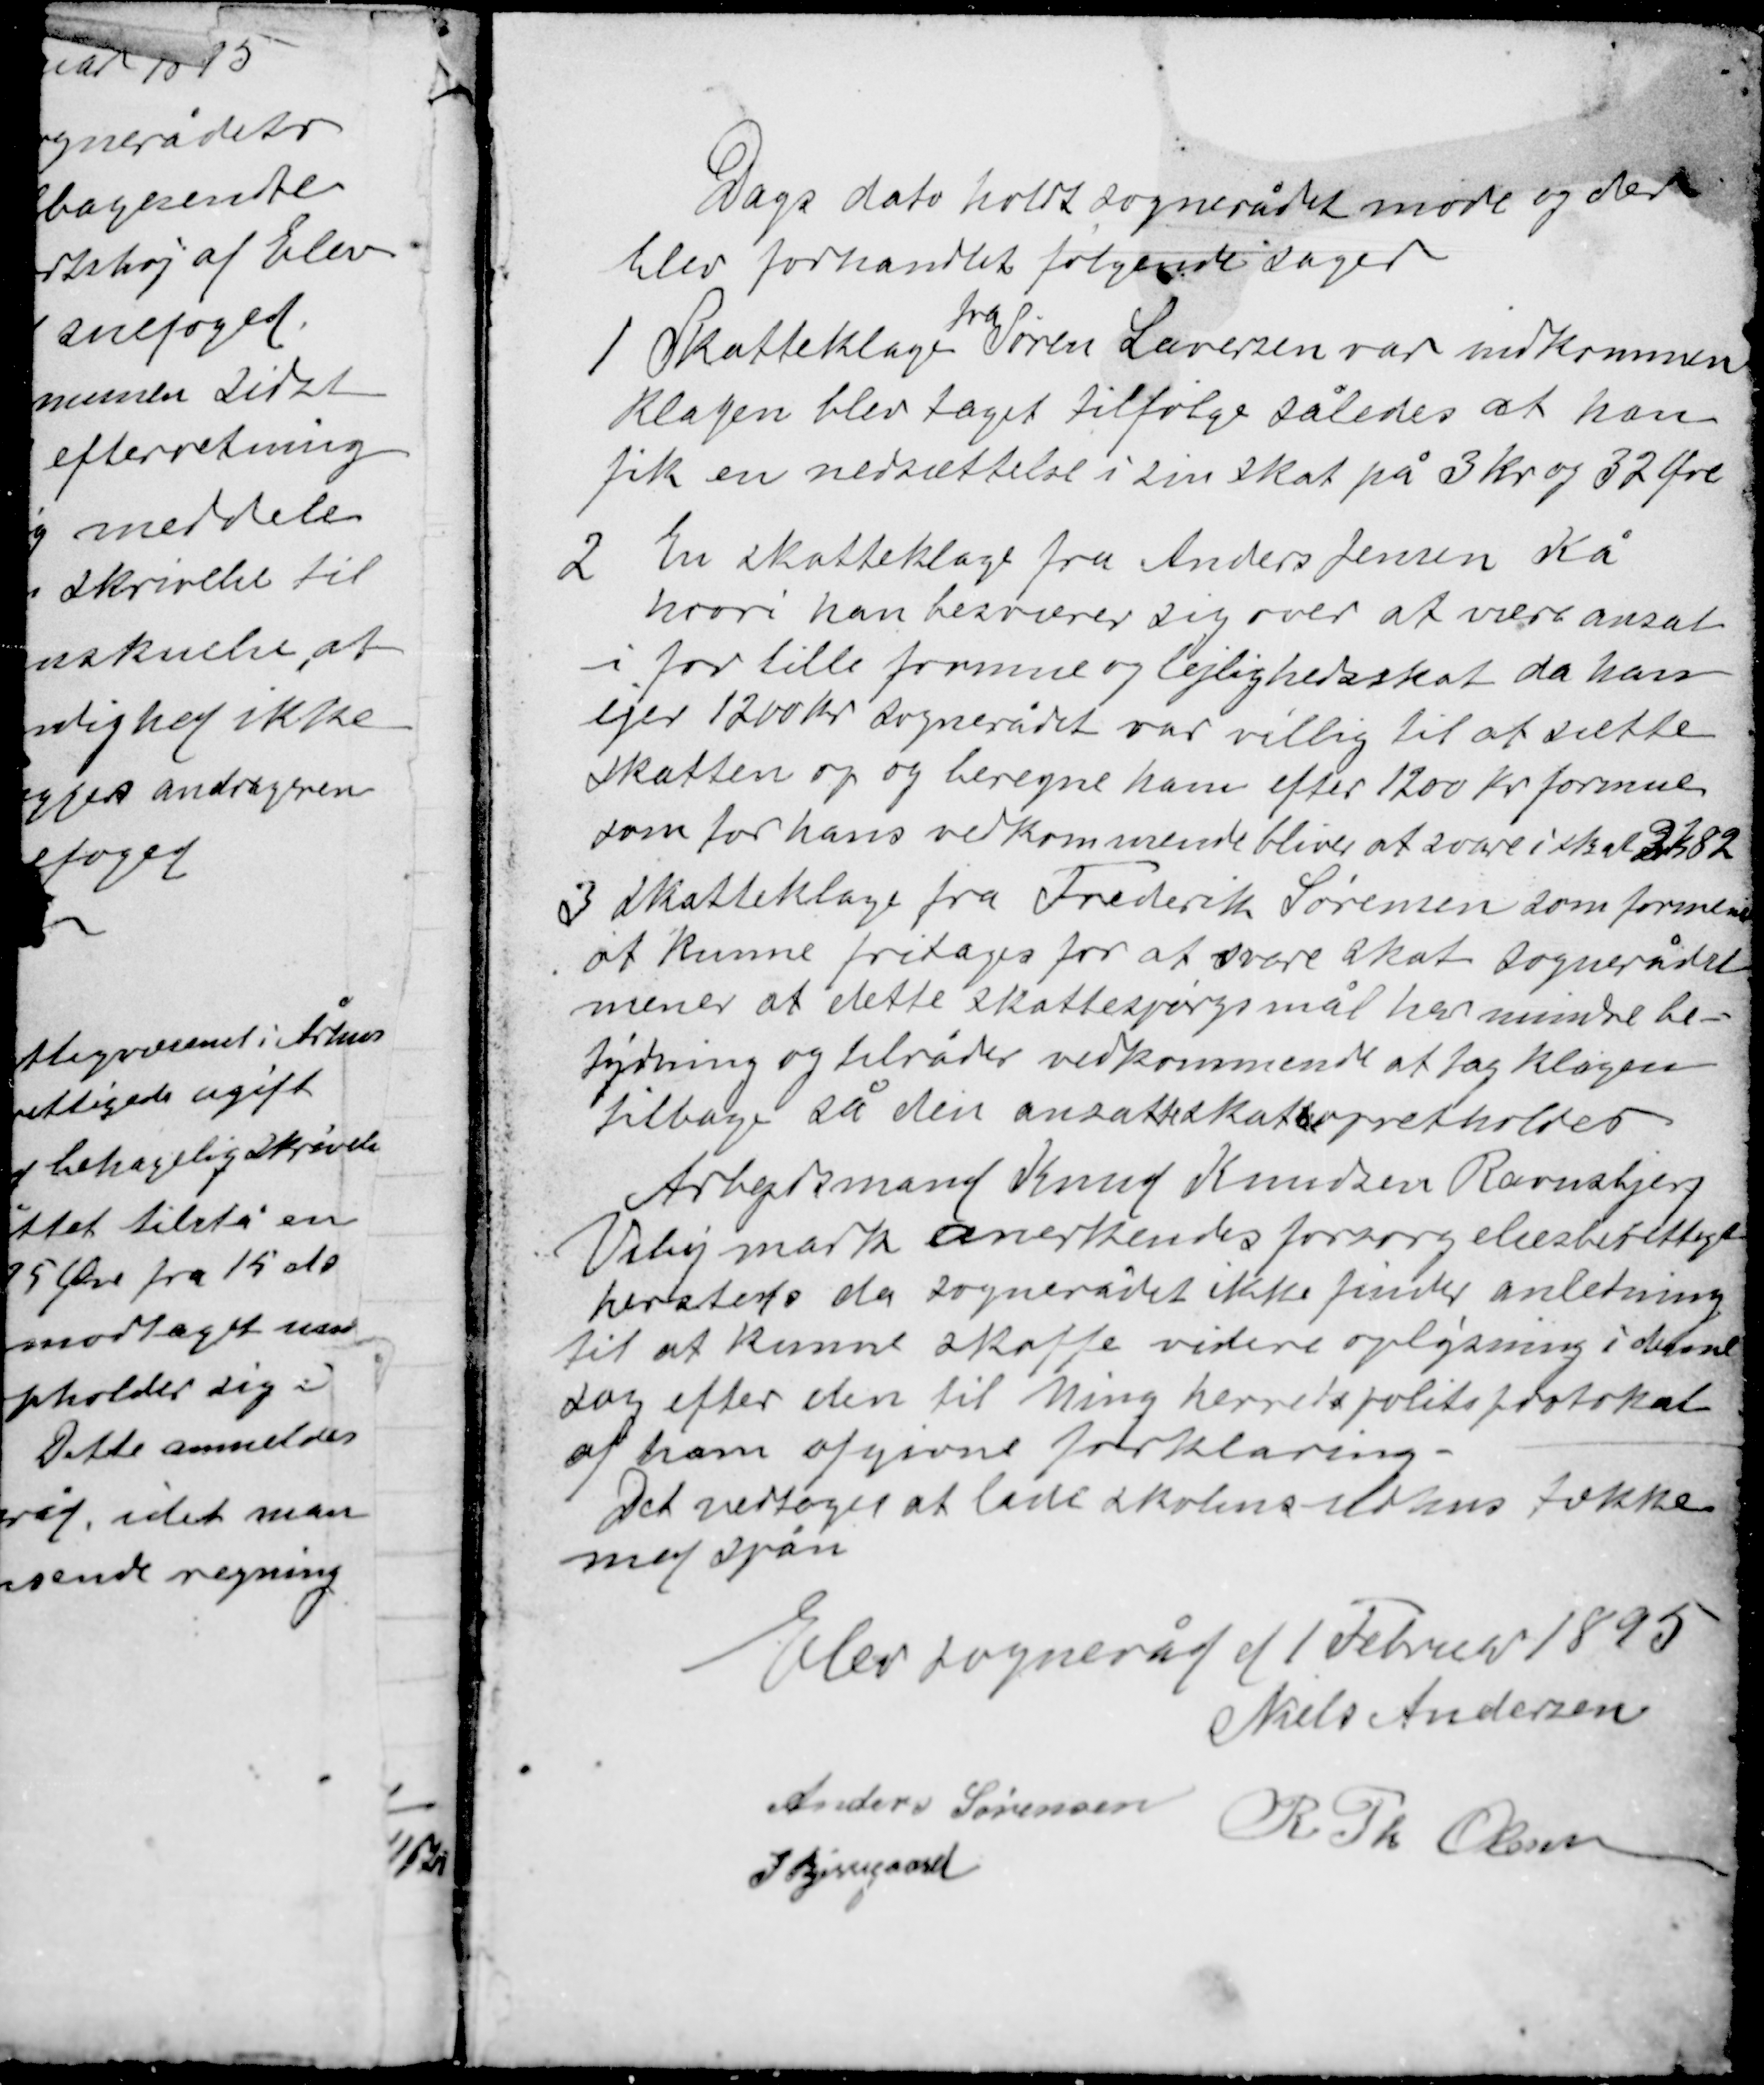
Transskription:
Dags dato hold sognerådet møde og der
blev forhandlet følgende sager
1
Skatteklage
fra
Sørensen Lauersen var indkommen
klagen blev taget tilfølge således at han
fik en nedsættelse i sin skat på 3 kr og 32 Øre

2
En skatteklage fra Anders Jensen Kå
hvori han besværer sig over at være ansat
i for lille formue og lejlighedsskat da han
ejer 1200 kr sognerådet var villig til at sætte
skatten op og beregne ham efter 1200 kr formue
som for hans vedkommende bliver at svare i skat 2k82

3
Skatteklage fra Frederik Sørensen som
at kunne fritages for at svare skat sognerådet
mener at dette skattespørgsmål har mindre be-
tydning og tilråder vedkomende at
tilbage så den ansatte skat opretholdes

Arbejdsmand Knud Knudsen Ravnsbjerg
Viby mark anerkendes forsørgelsesberettiget
hersteds da sognerådet ikke finder anledning
til at kunne skaffe videre oplysning i denne
sag efter den til Ning herreds politiprotokol
af ham afgivet forklaring.
Det vedtoges at lade skolens  tække
med spån

Elev sogneråd af 1 Februar 1895
Niels Andersen

Anders Sørensen
R Th Olesen
J Bjerregaard